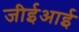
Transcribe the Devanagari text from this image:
जीईआई